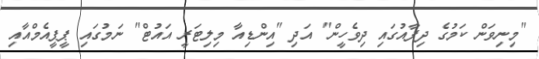
"މިނިވަން ކަމުގެ ދިފާއުގައި ދިވެހީން" އަދި "އިންޑިއާ މިލިޓަރީ އައުޓް" ނަމުގައި ޕީޕީއެމްއާއި